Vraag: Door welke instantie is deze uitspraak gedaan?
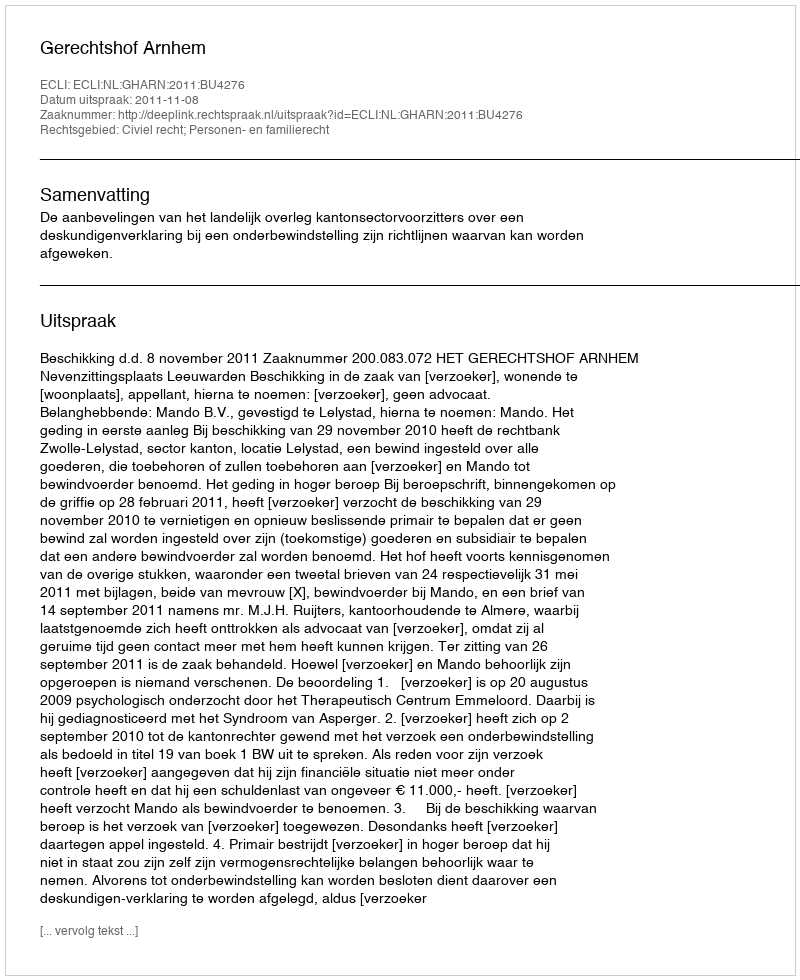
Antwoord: Gerechtshof Arnhem